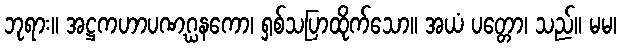
ဘုရား။ အဋ္ဌကဟာပဏဂ္ဃနကော၊ ရှစ်သပြာထိုက်သော။ အယံ ပတ္တော၊ သည်။ မမ၊